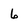
Character: 6